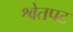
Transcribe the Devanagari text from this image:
श्वेतपट